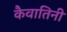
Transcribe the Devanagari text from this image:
कैवातिनी